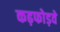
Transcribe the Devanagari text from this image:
कढ़फोड़वे